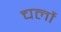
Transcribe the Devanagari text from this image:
चर्लो